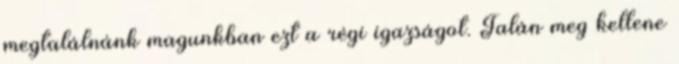
megtalálnánk magunkban ezt a régi igazságot. Talán meg kellene